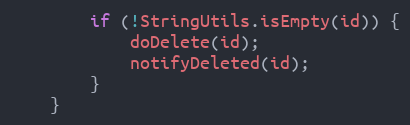
Language: Java
        if (!StringUtils.isEmpty(id)) {
            doDelete(id);
            notifyDeleted(id);
        }
    }